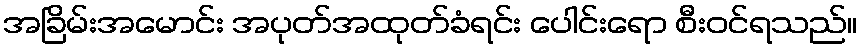
အခြိမ်းအမောင်း အပုတ်အထုတ်ခံရင်း ပေါင်းရော စီးဝင်ရသည်။